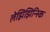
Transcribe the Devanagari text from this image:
लेझिझिन्स्कि